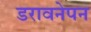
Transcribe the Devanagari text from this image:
डरावनेपन